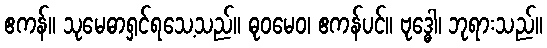
ဧကန်။ သုမေဓာရှင်ရသေ့သည်။ ဓုဝမေဝ၊ ဧကန်ပင်။ ဗုဒ္ဓေါ၊ ဘုရားသည်။